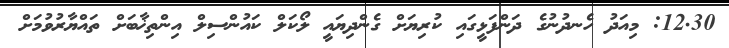
12.30: މިއަދު ހެނދުނުގެ ދަންފަޅީގައި ކުރިޔަށް ގެންދިޔައީ ލޯކަލް ކައުންސިލް އިންތިޚާބަށް ތައްޔާރުވުމަށް